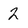
Character: 2